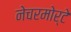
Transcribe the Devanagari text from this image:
नेचरमोर्टे